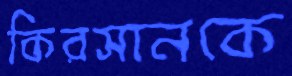
কিরসানকে